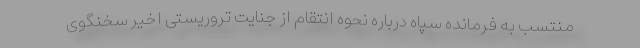
منتسب به فرمانده سپاه درباره نحوه انتقام از جنایت تروریستی اخیر سخنگوی